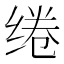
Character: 绻